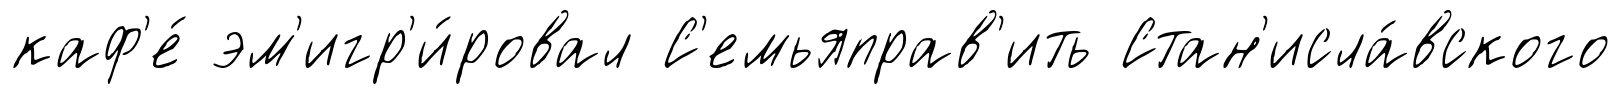
каф'е́ эм'игр'и́ровал С'емьяправ'ить Стан'исла́вского